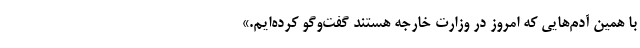
با همین آدم‌هایی که امروز در وزارت خارجه هستند گفت‌وگو کرده‌ایم.»